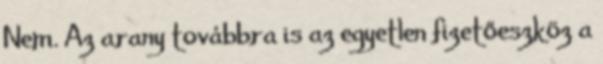
Nem. Az arany továbbra is az egyetlen fizetőeszköz a